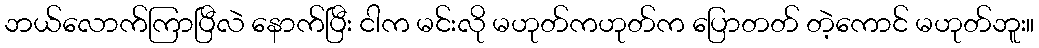
ဘယ်လောက်ကြာပြီလဲ နောက်ပြီး ငါက မင်းလို မဟုတ်ကဟုတ်က ပြောတတ် တဲ့ကောင် မဟုတ်ဘူး။